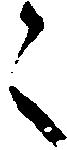
々